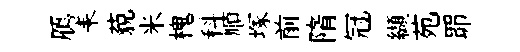
鴈耒藐米槐科順塚前隋冠纈苑𦊑